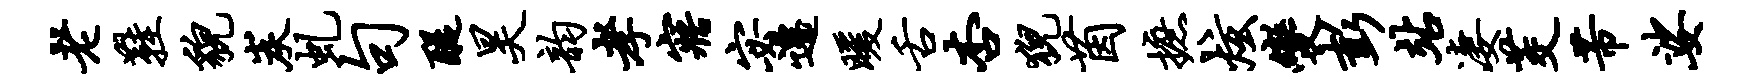
老鞋貌炭虬句醍昊韵孝寤宓迁暖舌杏猊茵摭炫变彭站凄茭芾娑